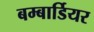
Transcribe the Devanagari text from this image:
बम्बार्डियर